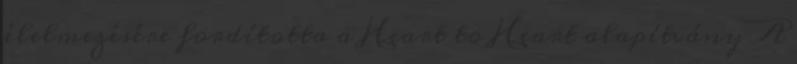
élelmezésére fordította a Heart to Heart alapítvány A